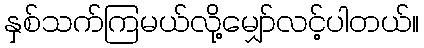
နှစ်သက်ကြမယ်လို့မျှော်လင့်ပါတယ်။